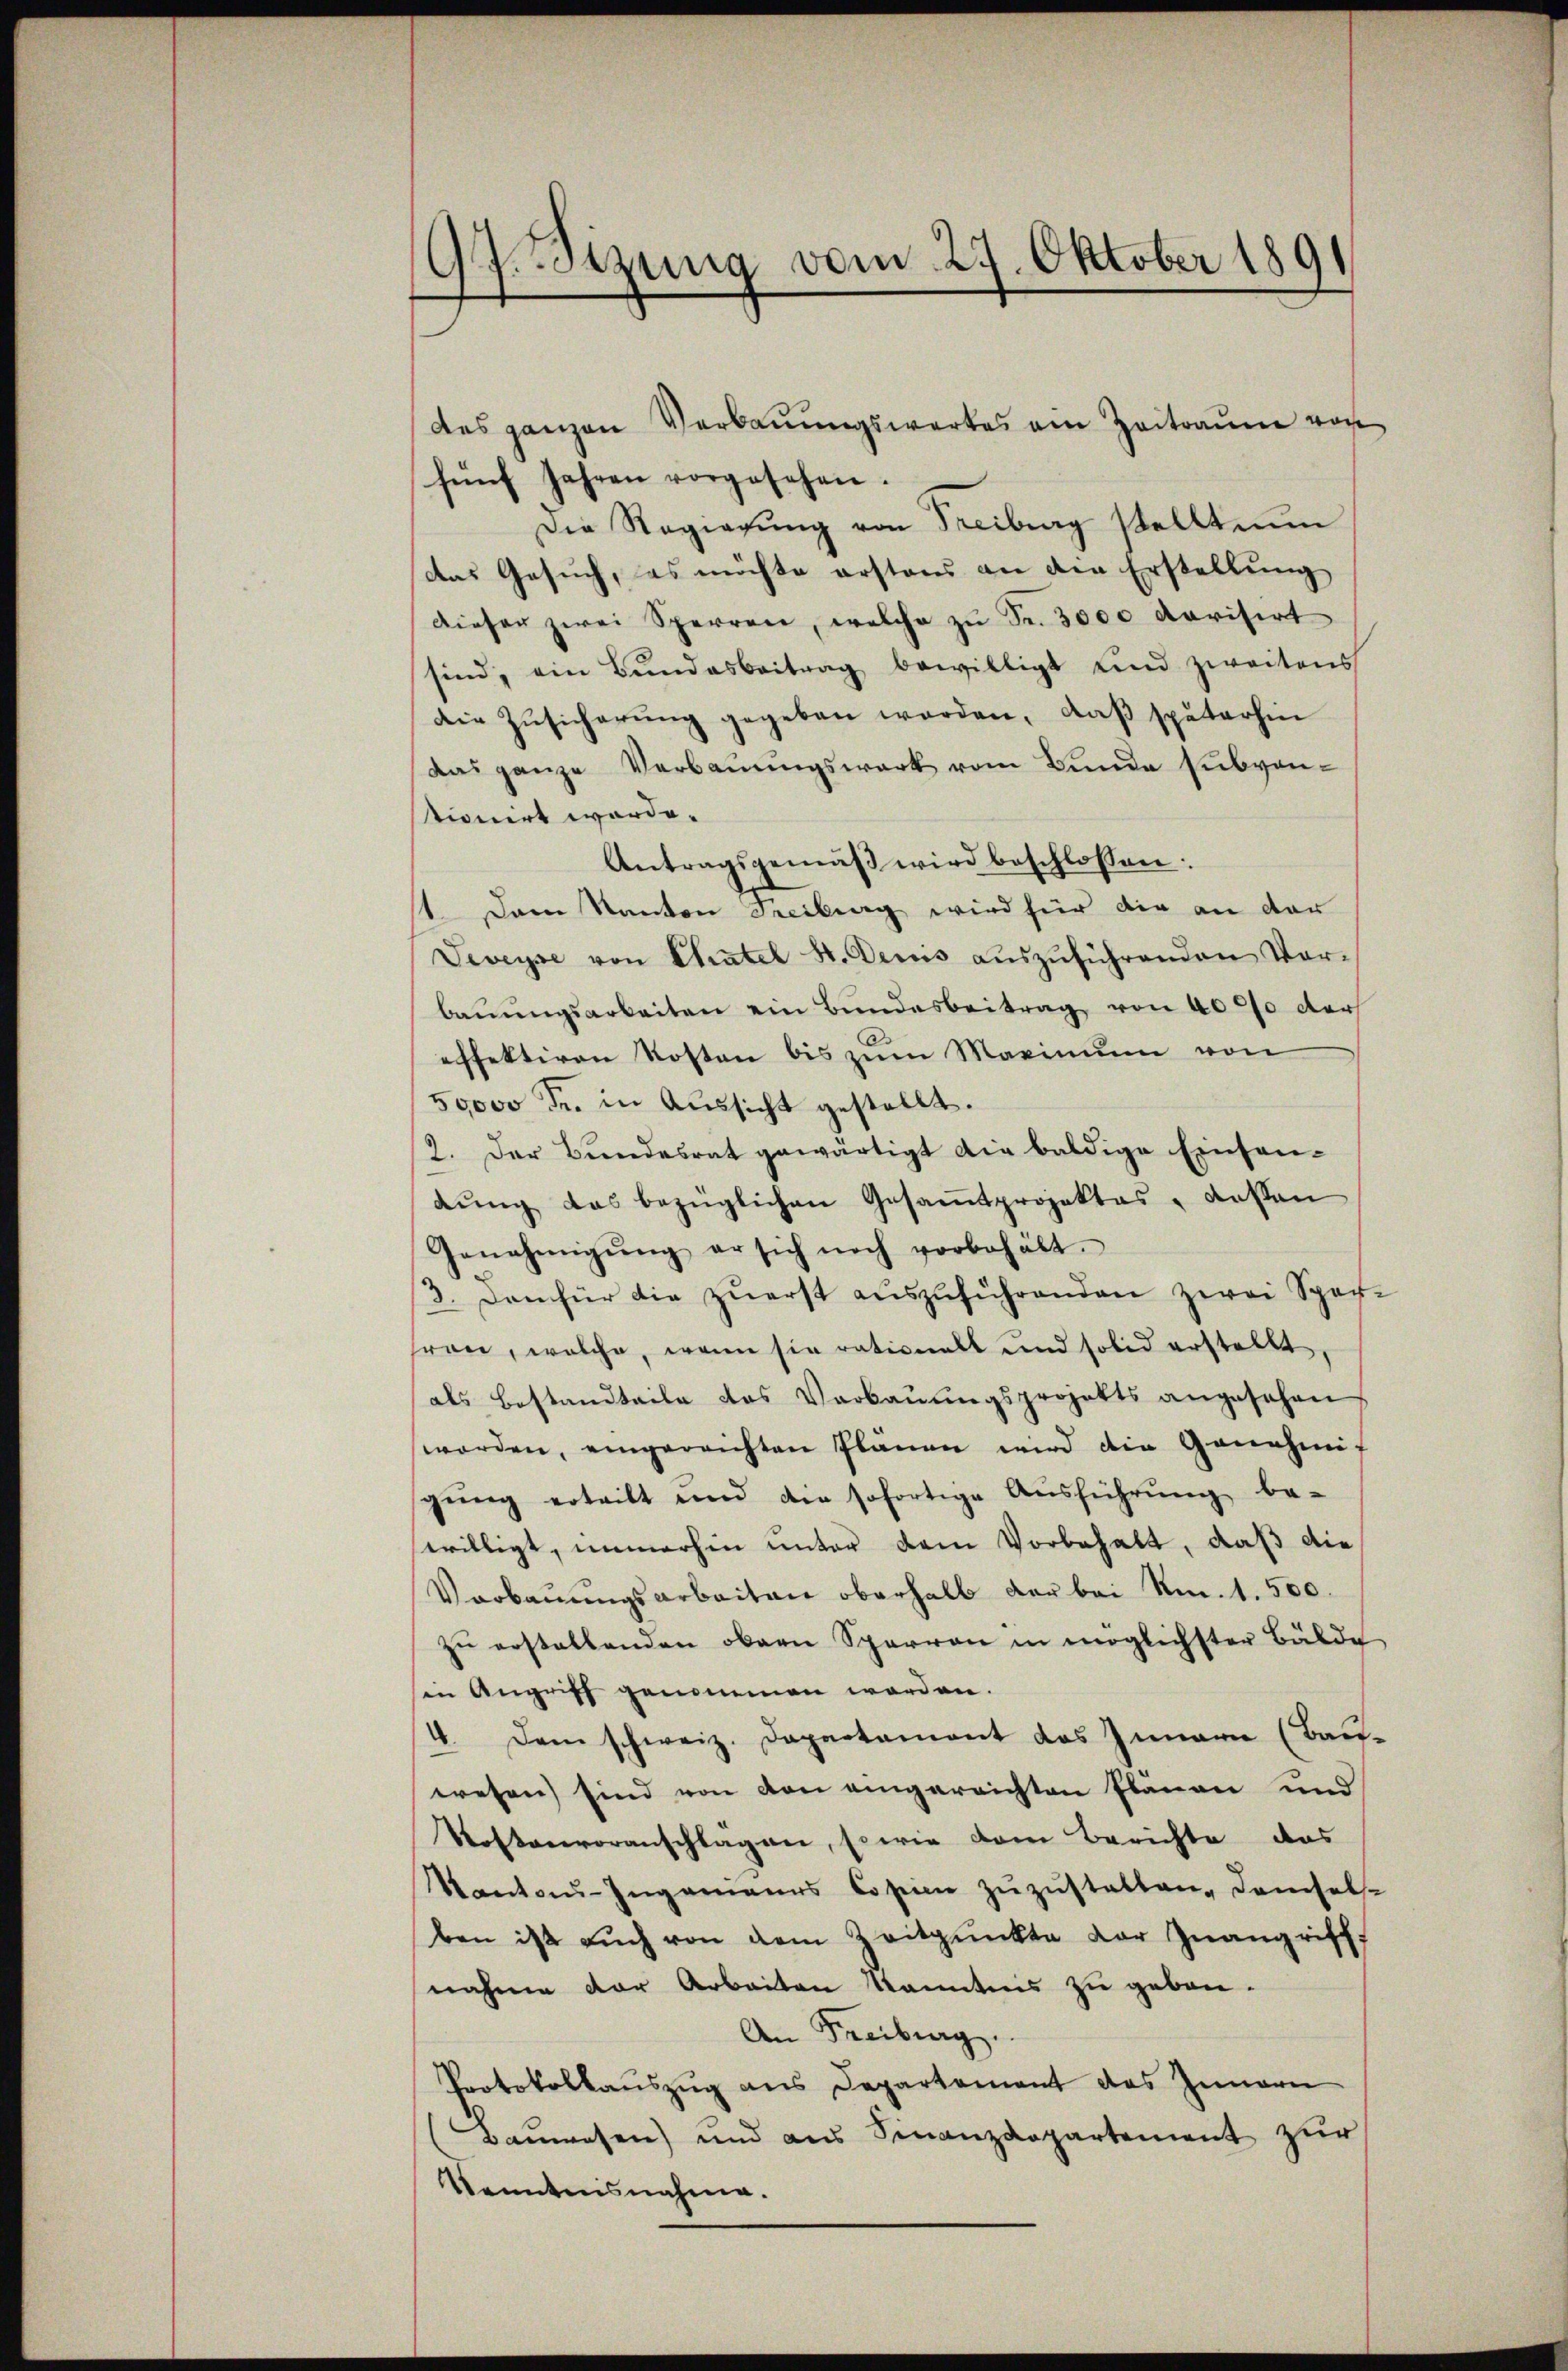
97. Sizung vom 27. Oktober 1891

des ganzen Verbauungswertes am Zeitraume von
fünf Jahren vorgesehen.
Die Regierŭng von Freiburg stellten
Das Gesuch, es möchte erstens an den Erstellung
dieser zwei Sperren, welche zŭ Fr. 3000 darisirt
sind, ein Bŭndesbeitrag bewilligt und zweitens
die Zŭsicherŭng gegeben werden, daβ späterhin
das ganze Verbauungswerk vom Bunde Subventionirt worde.
Antragsgemäß wird beschlossen:
1. Dem Kanton Freiburg wird für die an der
Veveyse von Chatel St. Decis aŭszŭführenden Vor-
baŭŭngsarbeiten ein Bŭndesbeitrag von 4000 der
effektiven Kosten bis zum Maximum von
50000 Fr. in Aussicht gestellt.
12. Der Bundesrat gewärtigt die baldige Einsan-
dŭng das bezüglichen Gesaṁtprojektes " deßen
Genehmigŭng er sich noch vorbehält.
3. Den für die zŭerst aŭszŭführenden zwei Spech-
sron, welche, wenn sie rationalt und solid erstellt
als Bestandteile das Verbaŭŭngsprojekts angesehen
worden, eingerrichten Plänen wird die Genehmig
gŭng erteilt und die sofortige Aŭsführŭng be-
willigt, immerhin unter dem Vorbehalt, daß die
Verbaŭŭngsarbeiten oberhalb der bei Am. 1. 500.
zŭ erstellenden obern Sparren in möglichster Bälde
sin Angriff genommen worden.
4. Dem schweiz. Departament das Innern (Bau-
wesen sind von von eingereichten Plänen und
Kostenvoranschlagen, sowie vom Berichte das
Mantaŭ-Ingenaues Copien zŭzŭstatten, demsel-
ben ist aŭch von dem Zeitpunkte der Zŭangriff
nahme der Arbeiten Kenntnis zu geben¬
An Freiburg.
Protokollauszug aus Departement des Innern
Banwesen) und aus Finanzdepartement zur
Kenntnisnahme.